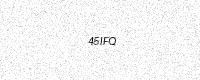
Text: 45IFQ